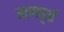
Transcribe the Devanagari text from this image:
इलावृतं